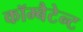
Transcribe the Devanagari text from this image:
कॉम्बैटेन्ट